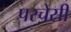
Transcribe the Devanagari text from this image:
परचेसी